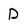
Character: D